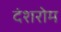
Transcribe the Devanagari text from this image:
दंशरोम